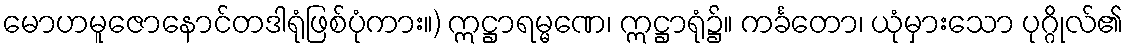
မောဟမူဇောနောင်တဒါရုံဖြစ်ပုံကား။) ဣဋ္ဌာရမ္မဏေ၊ ဣဋ္ဌာရုံ၌။ ကင်္ခတော၊ ယုံမှားသော ပုဂ္ဂိုလ်၏